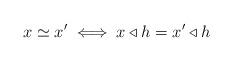
LaTeX: \begin{align*} x\simeq x'\iff x\triangleleft h=x'\triangleleft h\end{align*}